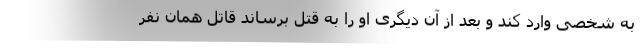
به شخصی وارد کند و بعد از آن دیگری او را به قتل برساند قاتل همان نفر